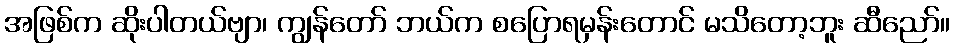
အဖြစ်က ဆိုးပါတယ်ဗျာ၊ ကျွန်တော် ဘယ်က စပြောရမှန်းတောင် မသိတော့ဘူး ဆီညော်။